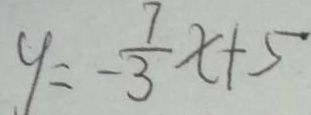
y = - \frac { 7 } { 3 } x + 5